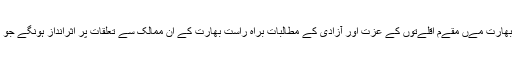
جہاں بھارت کی داخلی ترجےحات وسائل اور بھارت مےں مقےم اقلےتوں کے عزت اور آزادی کے مطالبات براہ راست بھارت کے ان ممالک سے تعلقات پر اثرانداز ہونگے جو بھارتی اقلےتوں کی مہمانداری کر رہے ہےں۔